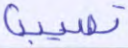
تصيبنا